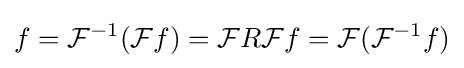
f={\mathcal {F}}^{-1}({\mathcal {F}}f)={\mathcal {F}}R{\mathcal {F}}f={\mathcal {F}}({\mathcal {F}}^{-1}f)